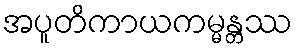
အပူတိကာယကမ္မန္တဿ